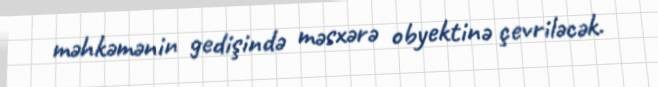
məhkəmənin gedişində məsxərə obyektinə çevriləcək.